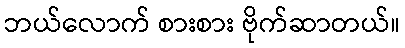
ဘယ်လောက် စားစား ဗိုက်ဆာတယ်။